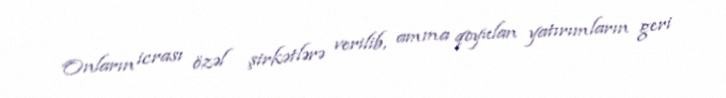
Onların icrası özəl şirkətlərə verilib, amma qoyulan yatırımların geri